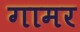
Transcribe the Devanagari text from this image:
गामर